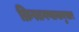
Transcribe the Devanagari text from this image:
क्रिस्तगणानानुसार